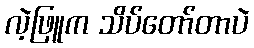
လဲ့ဖြူက သိပ်တော်တာပဲ